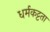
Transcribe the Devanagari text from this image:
धर्मकट्टता